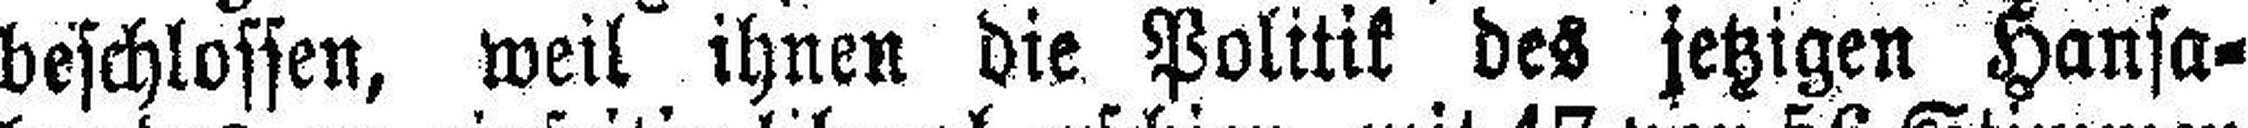
beschlossen, weil ihnen die Politik des jetzigen Hansa¬